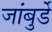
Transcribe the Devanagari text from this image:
जांबुर्डे